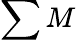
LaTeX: \sum M